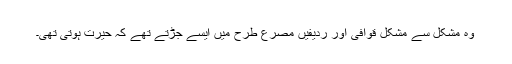
وہ مشکل سے مشکل قوافی اور ردیفیں مصرع طرح میں ایسے جڑتے تھے کہ حیرت ہوتی تھی۔